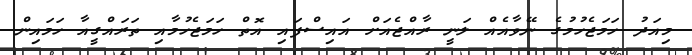
މިއަދު ހަމަޖެހުމުގެ ނޭވާއެއް ލަނީ ރާއްޖެއަށް އައިސްފައި އޮތް ހަމަޖެހުމާއި ތަރައްގީއާ ހަމައިން